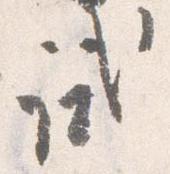
試